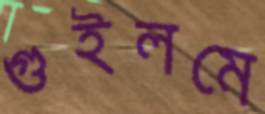
গুইলমে